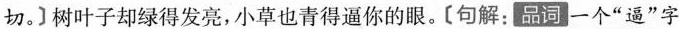
切。]树叶子却绿得发亮,小草也青得逼你的眼。[句解:品词一个“逼”字